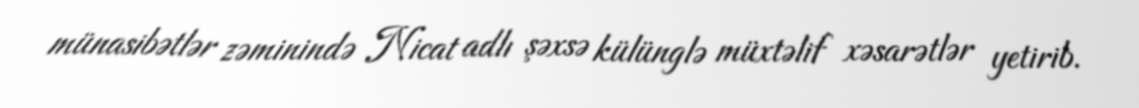
münasibətlər zəminində Nicat adlı şəxsə külünglə müxtəlif xəsarətlər yetirib.